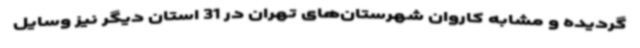
گردیده و مشابه کاروان شهرستان‌های تهران در 31 استان دیگر نیز وسایل